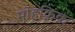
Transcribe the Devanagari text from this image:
मोहक़िक़